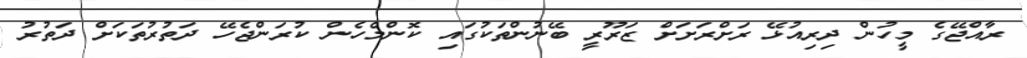
ރާއްޖޭގެ މީހުން ދިރިއުޅޭ ރަށްރަށަށް ޒަރޫރީ ބޭނުންތަކުގައި ކޮންމެހެން ކުރަންޖެހޭ ދަތުރުތަކަށް ދަތުރު